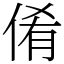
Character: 倄